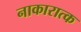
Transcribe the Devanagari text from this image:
नाकारात्क